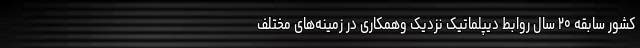
کشور سابقه ۲۰ سال روابط دیپلماتیک نزدیک وهمکاری در زمینه‌های مختلف